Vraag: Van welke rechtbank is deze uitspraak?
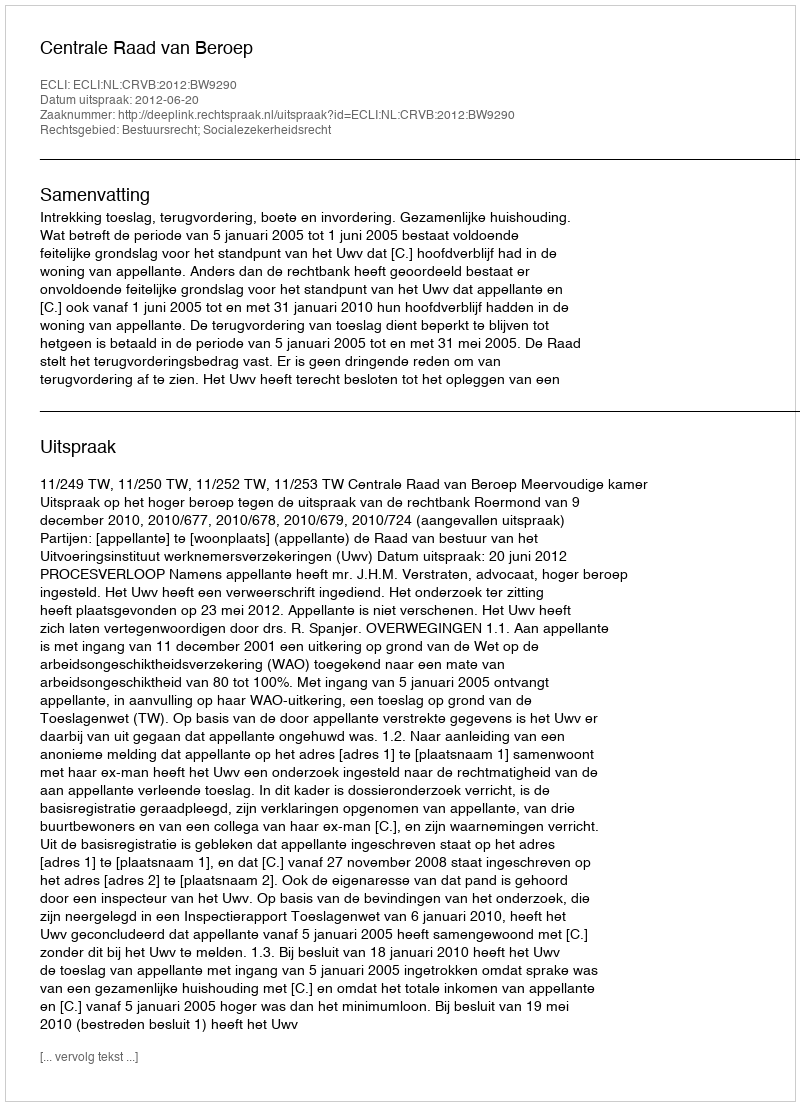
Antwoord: Centrale Raad van Beroep